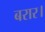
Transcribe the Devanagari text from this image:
बरार।